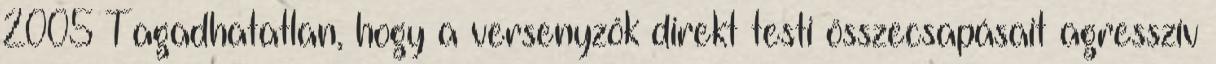
2005 Tagadhatatlan, hogy a versenyzők direkt testi összecsapásait agresszív